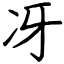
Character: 冴